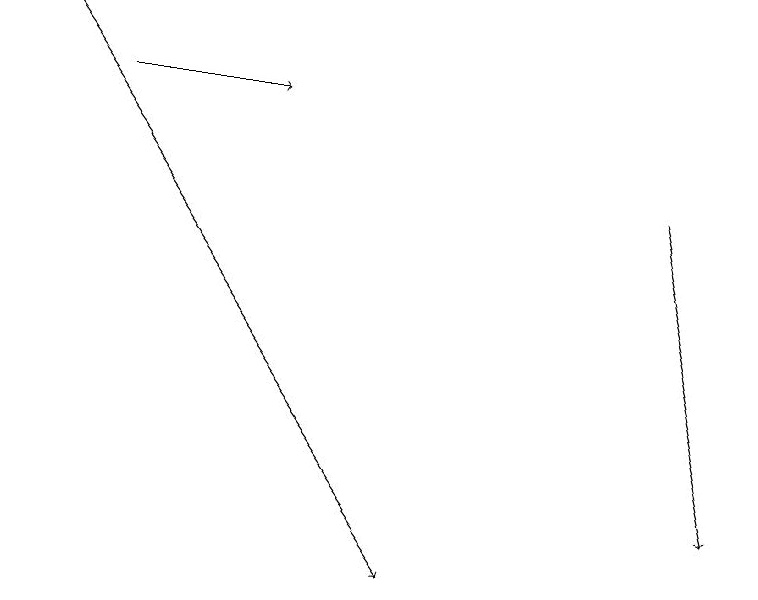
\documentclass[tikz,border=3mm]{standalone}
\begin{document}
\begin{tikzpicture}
\draw[->] (0,19) -- (5,12);
\draw[->] (1,18) -- (3,18);
\draw[->] (8,17) -- (9,13);
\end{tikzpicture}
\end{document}